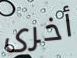
أخرى